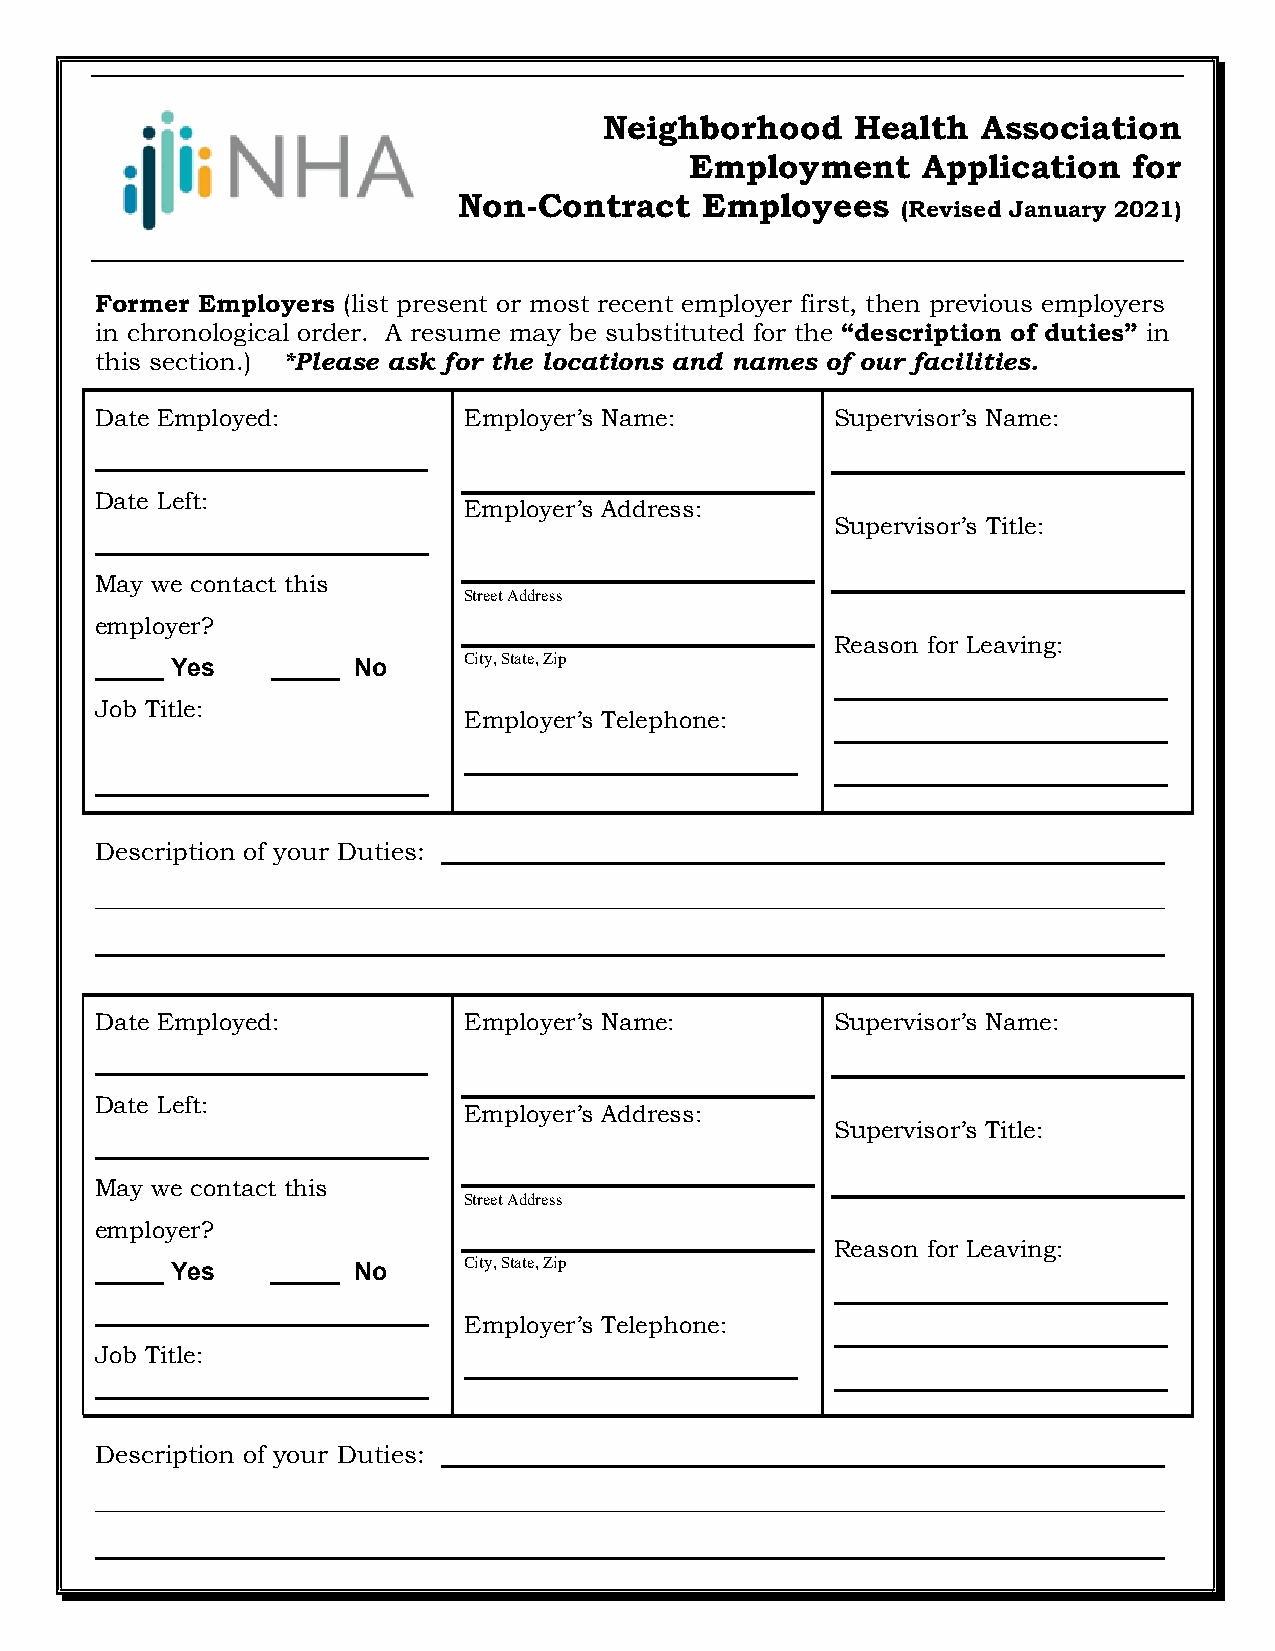
Neighborhood     Health  Association
 Employment     Application   for
 Non-Contract    Employees
 (Revised January 2021)
 Former Employers (list present or most recent employer first, then previous employers
 in chronological order. A resume may be substituted for the “description of duties” in
 this section.) *Please ask for the locations and names of our facilities.
 Date Employed:           Employer’s Name:        Supervisor’s Name:
 ________________________
 Date Left:
 Employer’s Address:
 Supervisor’s Title:
 ________________________
 May we contact this
 Street Address
 employer?
 Reason for Leaving:
 City, State, Zip
 _____ Yes   _____ No
 ________________________
 Job Title:
 Employer’s Telephone:
 ________________________
 ________________________
 ________________________
 ________________________
 Description of your Duties: ____________________________________________________
 _____________________________________________________________________________
 _____________________________________________________________________________
 Date Employed:           Employer’s Name:        Supervisor’s Name:
 ________________________
 Date Left:
 Employer’s Address:
 Supervisor’s Title:
 ________________________
 May we contact this
 Street Address
 employer?
 Reason for Leaving:
 City, State, Zip
 _____ Yes   _____ No
 ________________________
 ________________________
 Employer’s Telephone:
 ________________________
 Job Title:
 ________________________
 ________________________
 ________________________
 Description of your Duties: ____________________________________________________
 _____________________________________________________________________________
 _____________________________________________________________________________